Newspaper: Fremont journal. [volume]
Place of publication: Fremont, Sandusky County [Ohio]
Publisher: I.W. Booth
Date: 1860-08-17 00:00:00
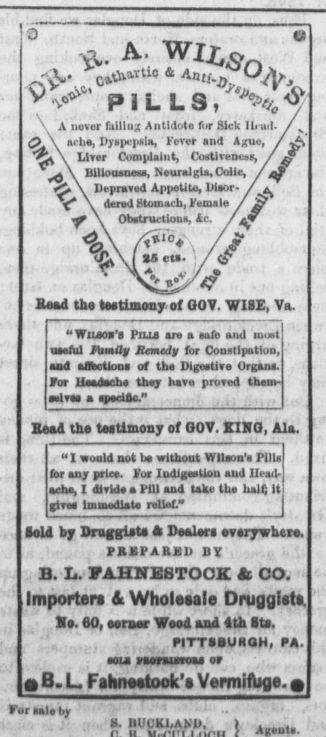
Advertisement text (OCR):
9 BI. I .QJtf A never falllu Antidote for Sick Ih ad- C si ba, Dyspepsia, Fever and Ague, Liver Complaint, Costlvencaa, V J, Depraved Appetite, Disor- Stomach, Female UDSVUCllOUS, C o0 A &ed tb tMUmony of GOV. WISE, Va. "Wujos'1 Pau an a aufe and m.t useful AasfJ Rewudy tor Constipation, and aflbotlona of th Digestif Organs. for Honen. thsy hsv. proved tham-l alvs a apart fto " Bead tha tattlmonj of GOV. KINO, Ala. I would not b witfaoot Wllaon's Pills for anr pries. For Indigestion and Head ache, I dtvtd. s PiU and lake tin) halt It gtvat lmnwdlat rellat old by Druggist DmI Tryhete. PKIPABKD BV B. Is. FAHWESTOCK tt CO. Importer & Wholesale Druggists. St. 60, onxsr Wool and 4Ui BU. ... PITTwBUROH, PAJ. sol rsanura or O B. L Fahneatock'. Vermifuge. 0 foraal.br 8. nilVKLAKD, .
Label: illustrations